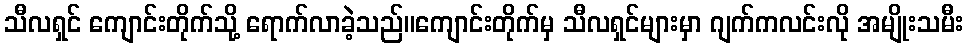
သီလရှင် ကျောင်းတိုက်သို့ ရောက်လာခဲ့သည်။ကျောင်းတိုက်မှ သီလရှင်များမှာ ဂျက်ကလင်းလို အမျိုးသမီး